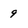
Character: 9